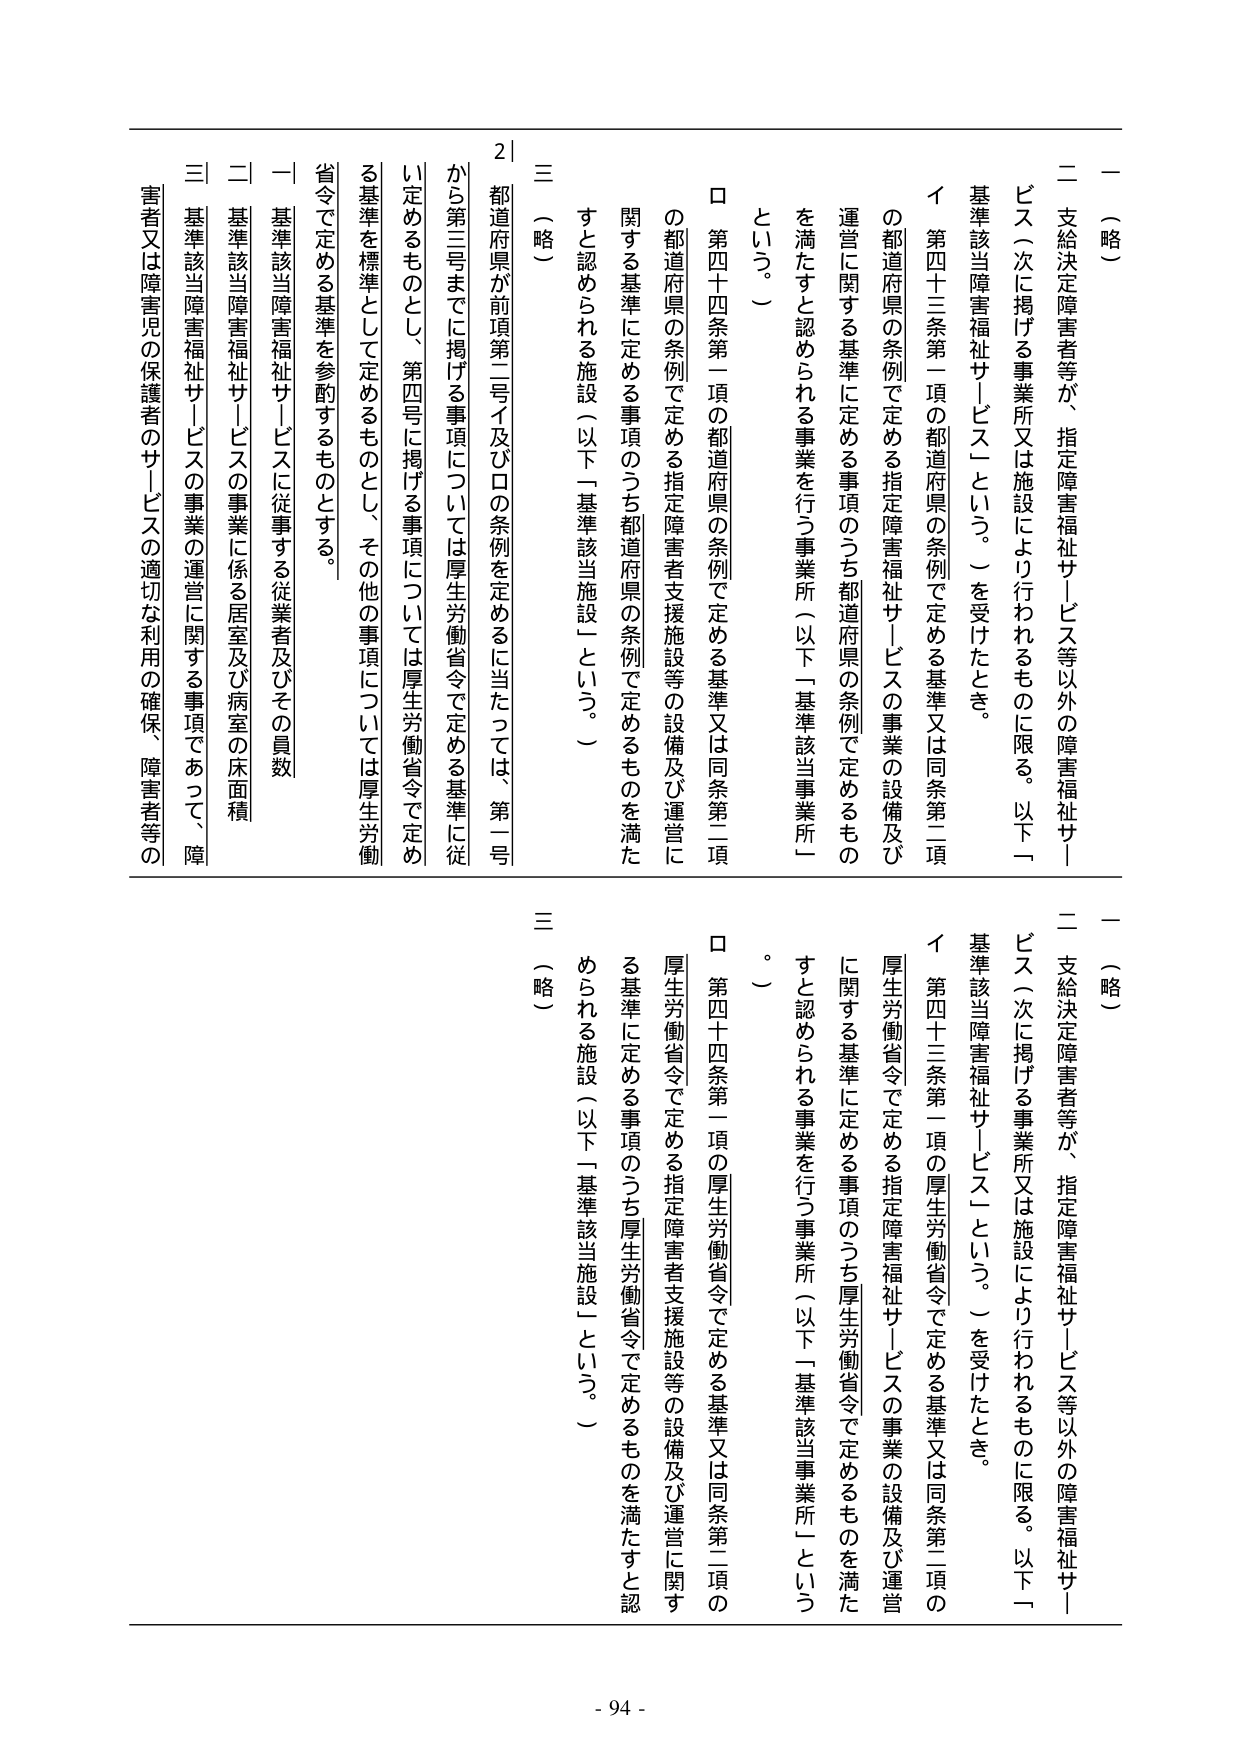
一（略）

二 支給決定障害者等が、指定障害福祉サービス等以外の障害福祉サービス（次に掲げる事業所又は施設により行われるものに限る。以下「基準該当障害福祉サービス」という。）を受けたとき。

イ 第四十三条第一項の都道府県の条例で定める基準又は同条第二項の都道府県の条例で定める指定障害福祉サービスの事業の設備及び運営に関する基準に定める事項のうち都道府県の条例で定めるものを満たすと認められる事業を行う事業所（以下「基準該当事業所」という。）

ロ 第四十四条第一項の都道府県の条例で定める基準又は同条第二項の都道府県の条例で定める指定障害者支援施設等の設備及び運営に関する基準に定める事項のうち都道府県の条例で定めるものを満たすと認められる施設（以下「基準該当施設」という。）

三（略）

都道府県が前項第二号イ及びロの条例を定めるに当たっては、第一号から第三号までに掲げる事項については厚生労働省令で定める基準に従い定めるものとし、第四号に掲げる事項については厚生労働省令で定める基準を標準として定めるものとし、その他の事項については厚生労働省令で定める基準を参酌するものとする。

一 基準該当障害福祉サービスに従事する従業者及びその員数

二 基準該当障害福祉サービスの事業に係る居室及び病室の床面積

三 基準該当障害福祉サービスの事業の運営に関する事項であって、障害者又は障害児の保護者のサービスの適切な利用の確保、障害者等の

一（略）

二 支給決定障害者等が、指定障害福祉サービス等以外の障害福祉サービス（次に掲げる事業所又は施設により行われるものに限る。以下「基準該当障害福祉サービス」という。）を受けたとき。

イ 第四十三条第一項の厚生労働省令で定める基準又は同条第二項の厚生労働省令で定める指定障害福祉サービスの事業の設備及び運営に関する基準に定める事項のうち厚生労働省令で定めるものを満たすと認められる事業を行う事業所（以下「基準該当事業所」という。）

ロ 第四十四条第一項の厚生労働省令で定める基準又は同条第二項の厚生労働省令で定める指定障害者支援施設等の設備及び運営に関する基準に定める事項のうち厚生労働省令で定めるものを満たすと認められる施設（以下「基準該当施設」という。）

三（略）

- 94 -